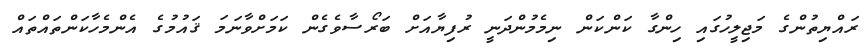
ރައްޔިތުންގެ މަޖިލީހުގައި ހިންގާ ކަންކަން ނިމެމުންދަނީ ރުފިޔާއަށް ބަރޯސާވެގެން ކަމަށްވާނަމަ ޤައުމުގެ އެންމެހާކަންތައްތައް